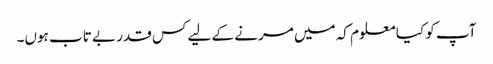
آپ کو کیا معلوم کہ میں مرنے کے لیے کس قدر بے تاب ہوں۔